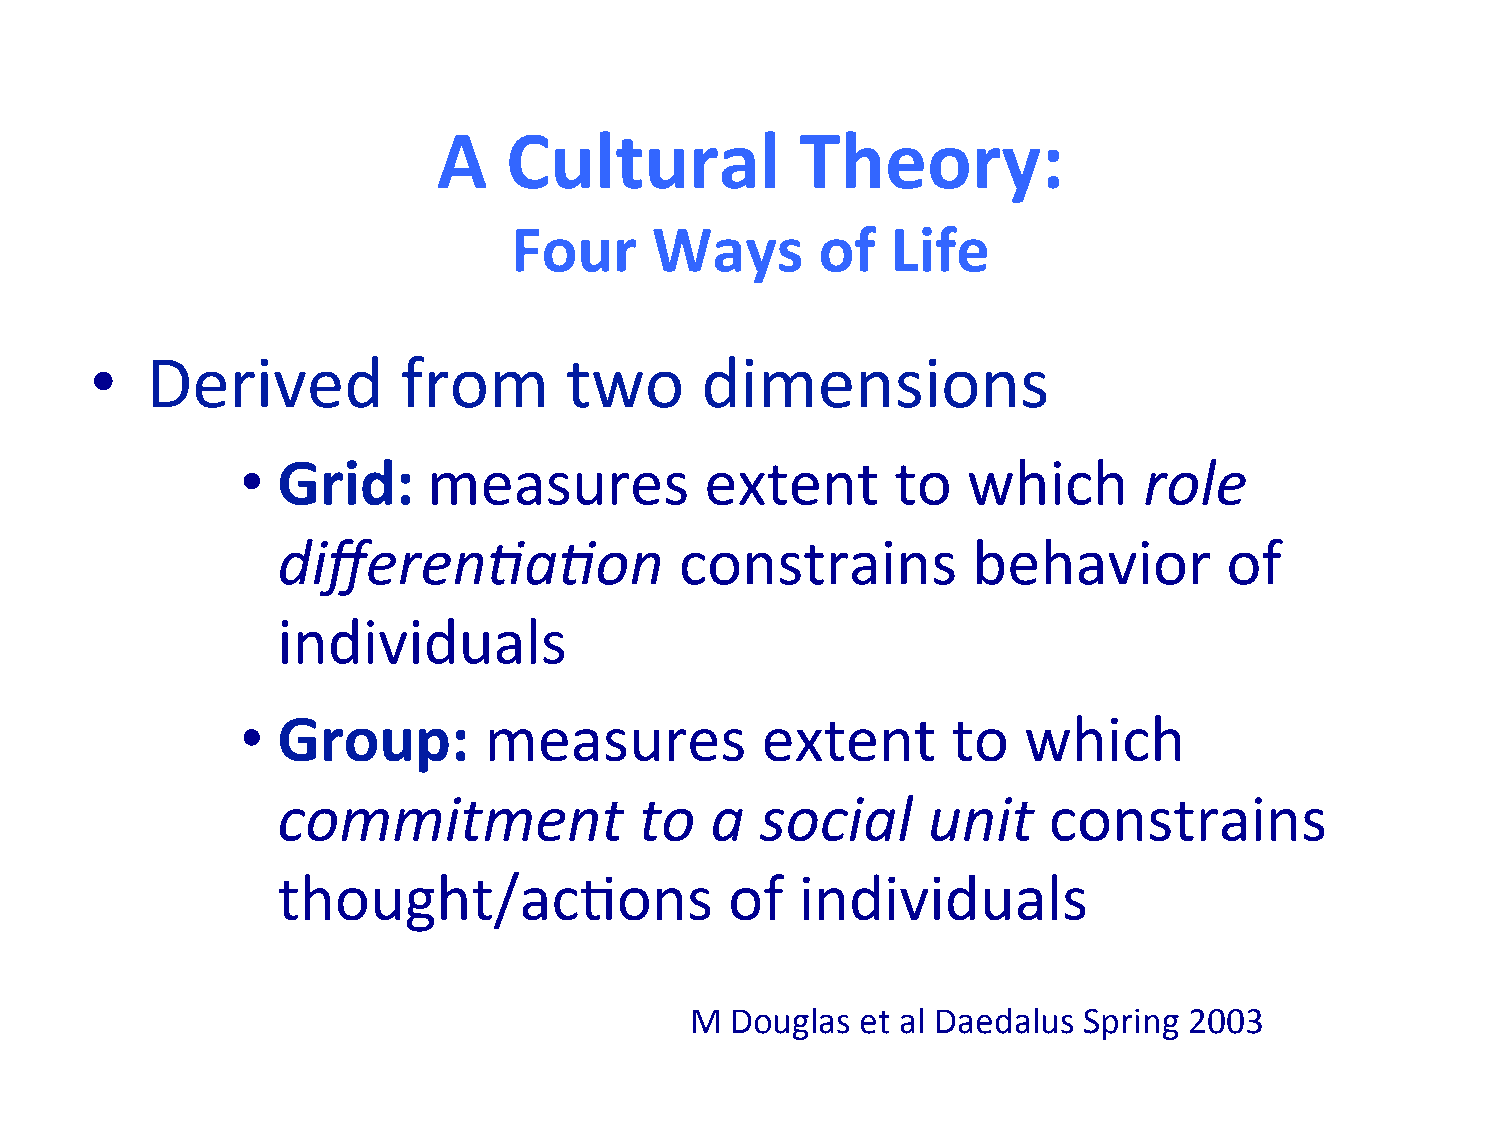
A    Cultural           Theory:
 Four     Ways       of   Life
 •   Derived          from      two      dimensions
 • Grid:     measures           extent      to   which       role
 differen@a@on              constrains         behavior         of
 individuals
 • Group:        measures          extent       to   which
 commitment              to   a  social     unit    constrains
 thought/ac/ons                of   individuals
 M Douglas  et al Daedalus Spring 2003